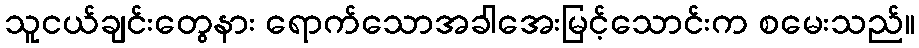
သူငယ်ချင်းတွေနား ရောက်သောအခါအေးမြင့်သောင်းက စမေးသည်။